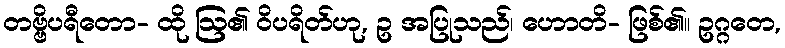
တဗ္ဗိပရီတော- ထို ဩ၏ ဝိပရိတ်ဟု, ဥ အပြုသည်၊ ဟောတိ- ဖြစ်၏။ ဥဂ္ဂတေ,